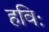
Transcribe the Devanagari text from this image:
हविः